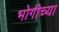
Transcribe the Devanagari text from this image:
भोगीच्या